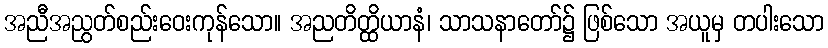
အညီအညွတ်စည်းဝေးကုန်သော။ အညတိတ္ထိယာနံ၊ သာသနာတော်၌ ဖြစ်သော အယူမှ တပါးသော